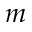
m